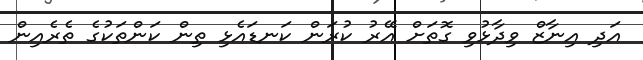
އަދި އިނާޒް ވިދާޅުވި ގޮތަށް އޭރު ކުރަން ކަނޑައެޅި ތިން ކަންތަކުގެ ތެރެއިން